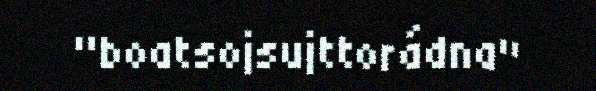
"boatsojsujttorádna"